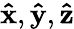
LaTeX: \mathbf{\hat{x}},\mathbf{\hat{y}},\mathbf{\hat{z}}